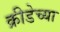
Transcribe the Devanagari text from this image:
क्रीडेच्या